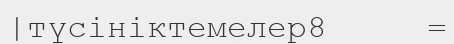
|түсініктемелер8     =